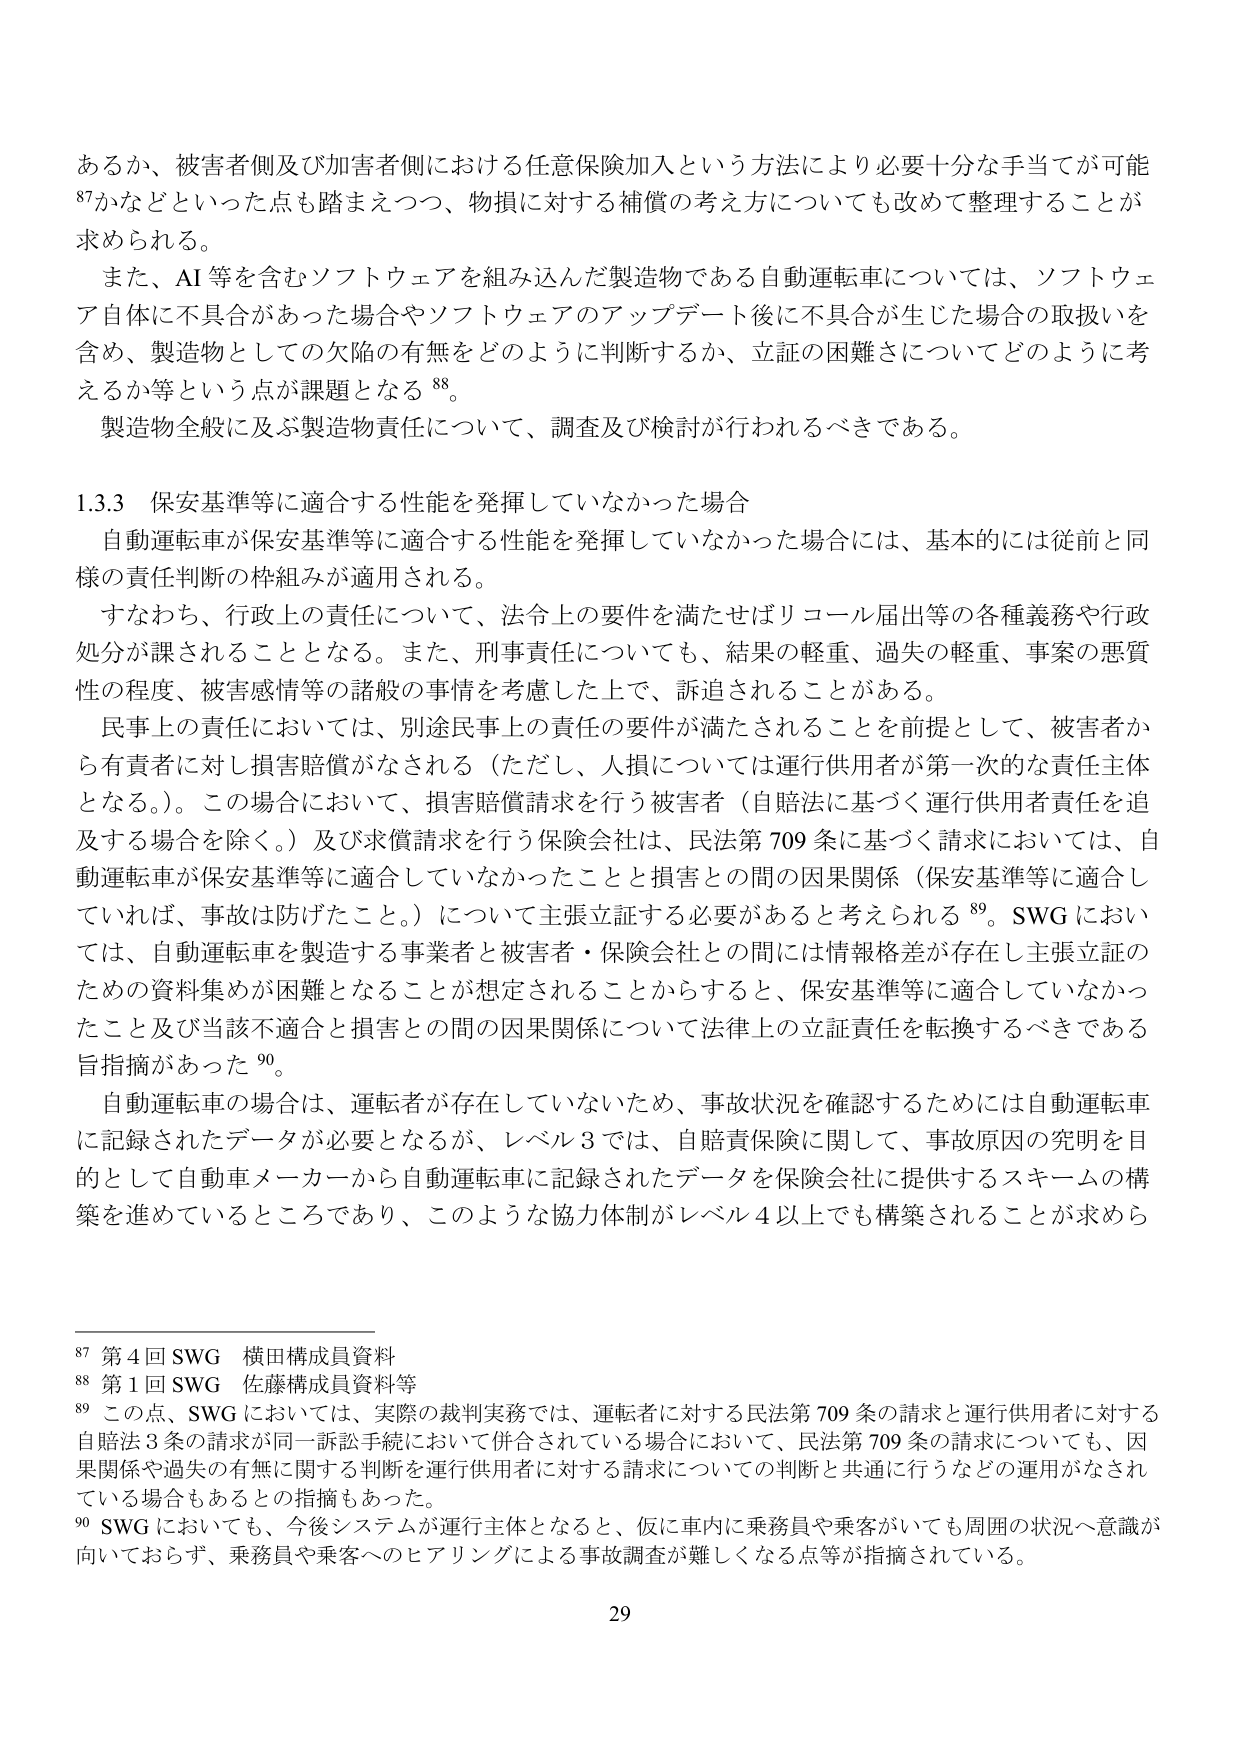
あるか、被害者側及び加害者側における任意保険加入という方法により必要十分な手当てが可能
87 かなどといった点も踏まえつつ、物損に対する補償の考え方についても改めて整理することが
求められる。
また、AI等を含むソフトウェアを組み込んだ製造物である自動運転車については、ソフトウェ
ア自体に不具合があった場合やソフトウェアのアップデート後に不具合が生じた場合の取扱いを
含め、製造物としての欠陥の有無をどのように判断するか、立証の困難さについてどのように考
えるか等という点が課題となる 88。
製造物全般に及ぶ製造物責任について、調査及び検討が行われるべきである。

1.3.3 保安基準等に適合する性能を発揮していなかった場合
自動運転車が保安基準等に適合する性能を発揮していなかった場合には、基本的には従前と同
様の責任判断の枠組みが適用される。
すなわち、行政上の責任について、法令上の要件を満たせばリコール届出等の各種義務や行政
処分が課されることとなる。また、刑事責任についても、結果の軽重、過失の軽重、事案の悪質
性の程度、被害感情等の諸般の事情を考慮した上で、訴追されることがある。
民事上の責任においては、別途民事上の責任の要件が満たされることを前提として、被害者か
ら有責者に対し損害賠償がなされる（ただし、人損については運行供用者が第一次的な責任主体
となる。）。この場合において、損害賠償請求を行う被害者（自賠法に基づく運行供用者責任を追
及する場合を除く。）及び求償請求を行う保険会社は、民法第709条に基づく請求においては、自
動運転車が保安基準等に適合していなかったことと損害との間の因果関係（保安基準等に適合し
ていれば、事故は防げたこと。）について主張立証する必要があると考えられる 89。SWG におい
ては、自動運転車を製造する事業者と被害者・保険会社との間には情報格差が存在し主張立証の
ための資料集めが困難となることが想定されることからすると、保安基準等に適合していなかっ
たこと及び当該不適合と損害との間の因果関係について法律上の立証責任を転換するべきである
旨指摘があった 90。
自動運転車の場合は、運転者が存在していないため、事故状況を確認するためには自動運転車
に記録されたデータが必要となるが、レベル3では、自賠責保険に関して、事故原因の究明を目
的として自動車メーカーから自動運転車に記録されたデータを保険会社に提供するスキームの構
築を進めているところであり、このような協力体制がレベル4以上でも構築されることが求めら

87 第4回SWG 横田構成員資料
88 第1回SWG 佐藤構成員資料等
89 この点、SWGにおいては、実際の裁判実務では、運転者に対する民法第709条の請求と運行供用者に対する
自賠法3条の請求が同一訴訟手続において併合されている場合において、民法第709条の請求についても、因果関係や過失の有無に関する判断を運行供用者に対する請求についての判断と共通に行うなどの運用がなされ
ている場合もあるとの指摘もあった。
90 SWGにおいても、今後システムが運行主体となると、仮に車内に乗務員や乗客がいても周囲の状況へ意識が
向いておらず、乗務員や乗客へのヒアリングによる事故調査が難しくなる点等が指摘されている。

29